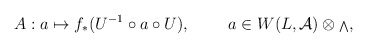
\begin{align*}A: a\mapsto f_*(U^{-1}\circ a \circ U),\ \qquad a\in W(L,{\cal A})\otimes {\scriptstyle \bigwedge},\end{align*}